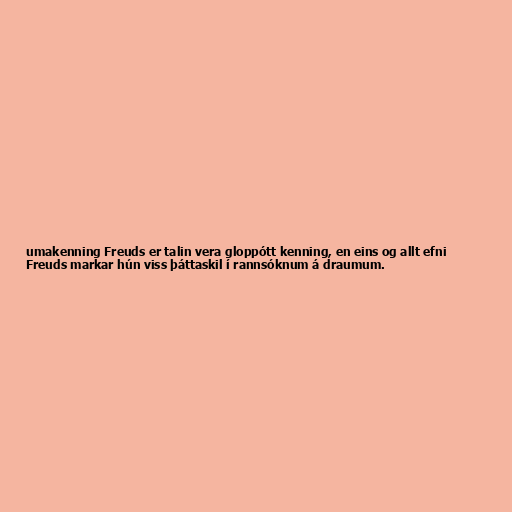
umakenning Freuds er talin vera gloppótt kenning, en eins og allt efni
Freuds markar hún viss þáttaskil í rannsóknum á draumum.